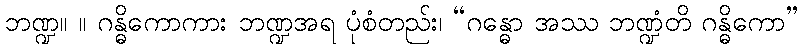
ဘဏ္ဍ။ ။ ဂန္ဓိကောကား ဘဏ္ဍအရ ပုံစံတည်း၊ “ဂန္ဓော အဿ ဘဏ္ဍံတိ ဂန္ဓိကော”